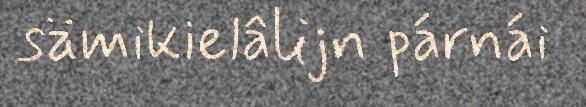
sämikielâlijn párnái